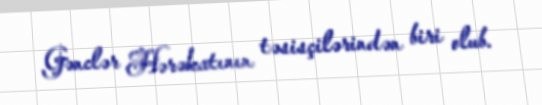
Gənclər Hərəkatının təsisçilərindən biri olub.